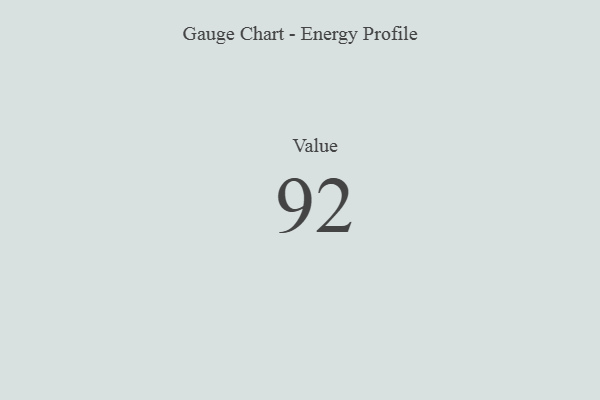
{"axis": {"x": "Metric", "y": "Value"}, "legend": [""], "data": [{"x": "Value", "y": 92, "type": ""}]}